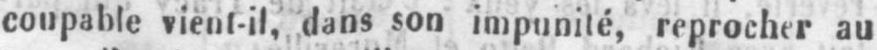
coupable vient-il, dans son impunité, reprocher au